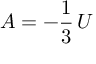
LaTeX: A = - { \frac { 1 } { 3 } } \, U